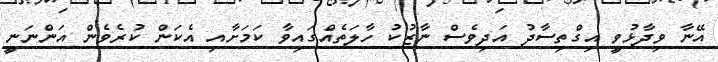
އޭނާ ވިދާޅުވީ އިގްތިސާދު އަދިވެސް ނާޒުކު ހާލަތެއްގައިވާ ކަމަށާއި އެކަން ކުރެވެން އަންނަނީ